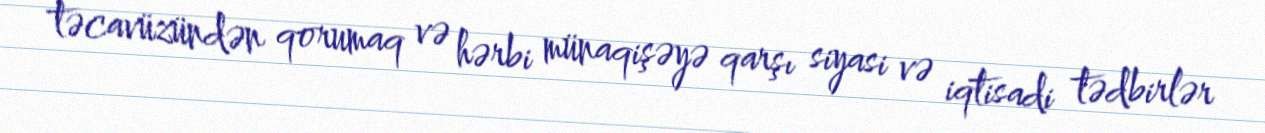
təcavüzündən qorumaq və hərbi münaqişəyə qarşı siyasi və iqtisadi tədbirlər